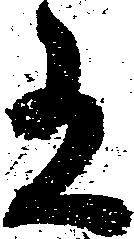
有